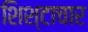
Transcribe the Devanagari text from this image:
शिश्टाचार